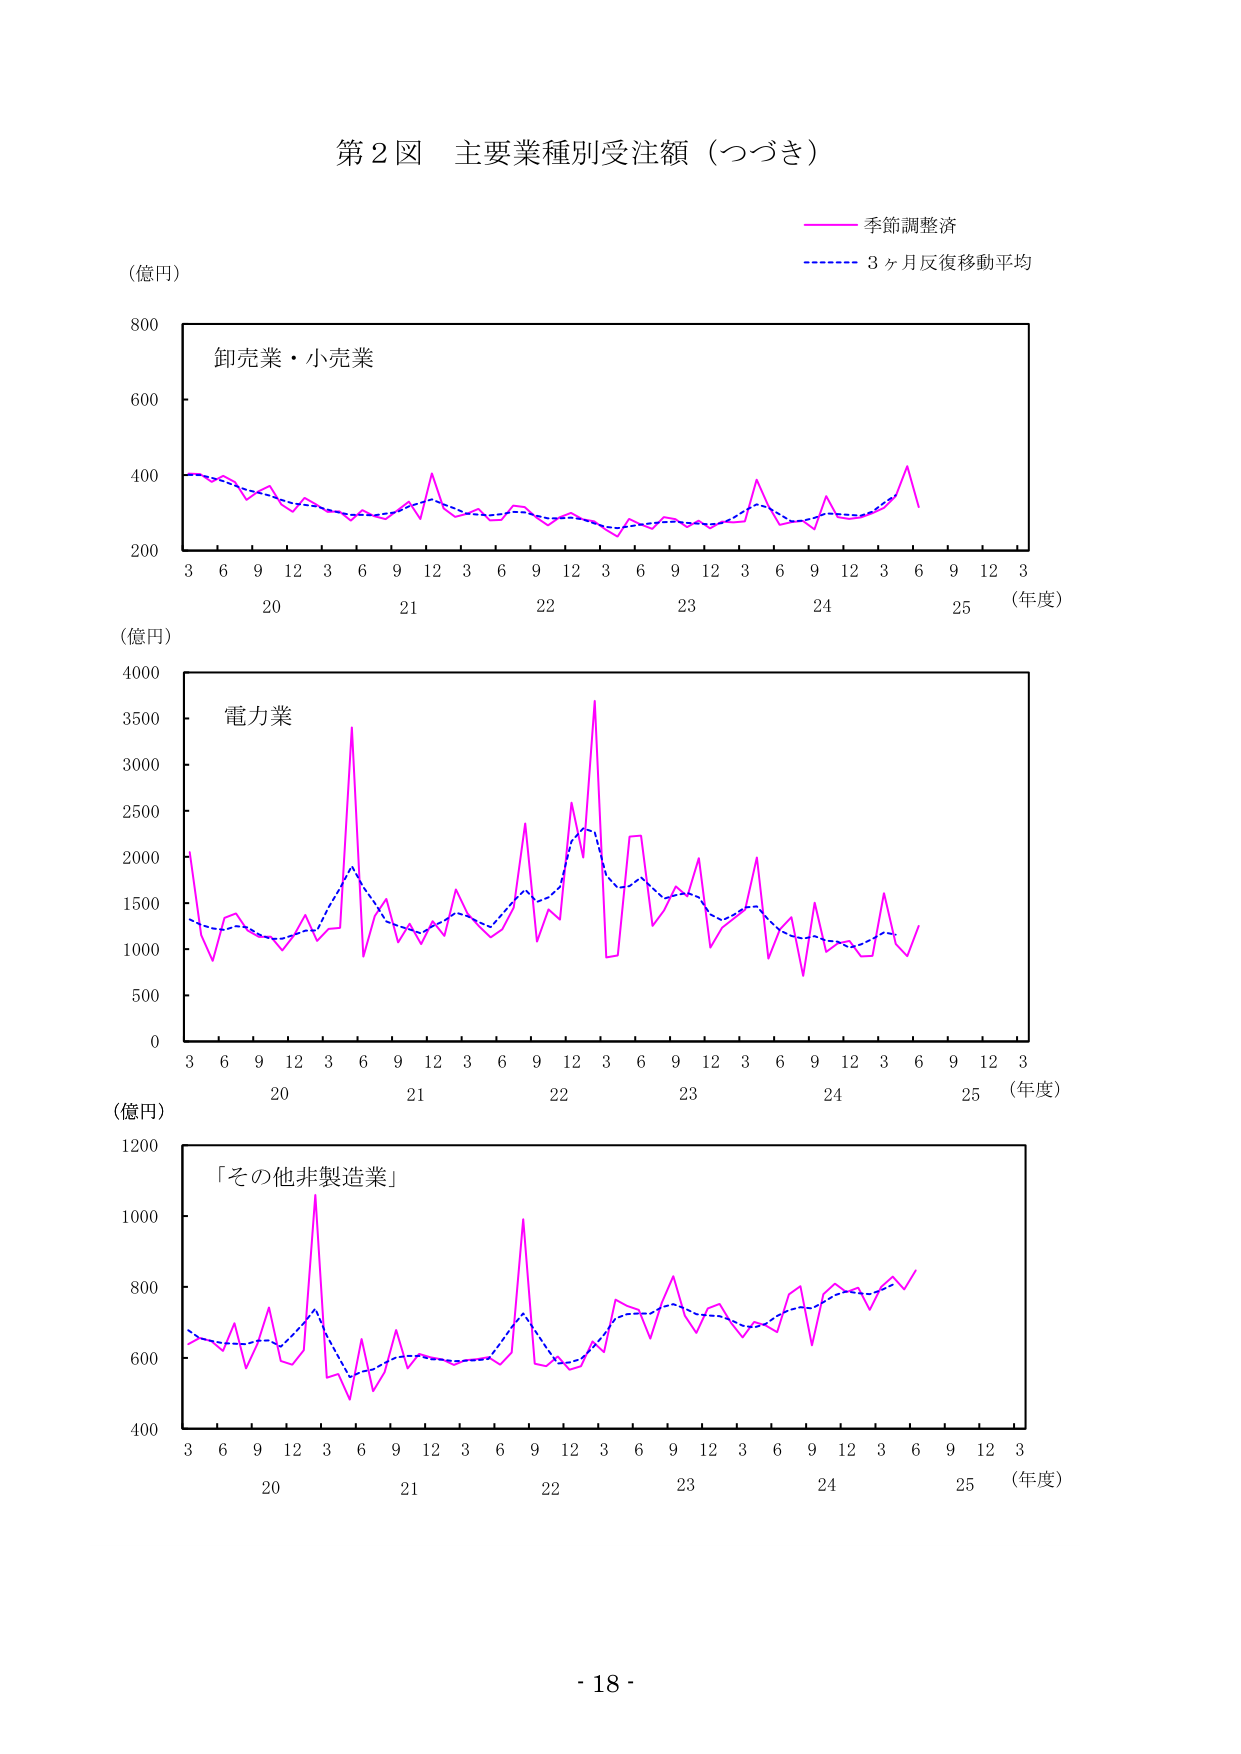
第２図 主要業種別受注額（つづき）

（億円）

卸売業・小売業

季節調整済
3ヶ月反復移動平均

（年度）
3 6 9 12 3 6 9 12 3 6 9 12 3 6 9 12 3 6 9 12 3
20 21 22 23 24 25

（億円）

電力業

（年度）
3 6 9 12 3 6 9 12 3 6 9 12 3 6 9 12 3 6 9 12 3
20 21 22 23 24 25

（億円）

「その他非製造業」

（年度）
3 6 9 12 3 6 9 12 3 6 9 12 3 6 9 12 3 6 9 12 3
20 21 22 23 24 25

- 18 -